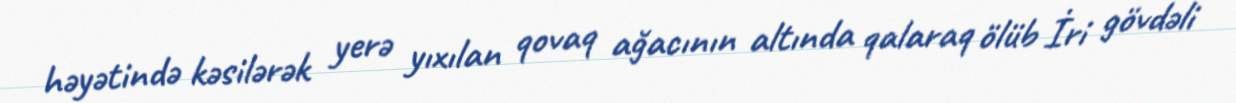
həyətində kəsilərək yerə yıxılan qovaq ağacının altında qalaraq ölüb İri gövdəli